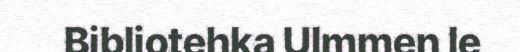
Bibliotehka Ulmmen le